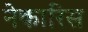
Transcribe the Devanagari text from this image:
नेकारिस